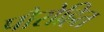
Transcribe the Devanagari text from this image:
पौरोहित